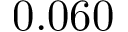
0 . 0 6 0